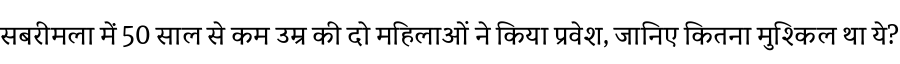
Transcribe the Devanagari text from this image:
सबरीमला में 50 साल से कम उम्र की दो महिलाओं ने किया प्रवेश, जानिए कितना मुश्किल था ये?